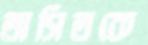
অসিতকে